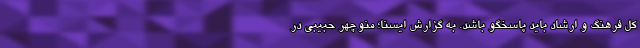
کل فرهنگ و ارشاد باید پاسخگو باشد. به گزارش ایسنا؛ منوچهر حبیبی در